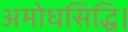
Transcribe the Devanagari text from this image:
अमोघसिद्धि।